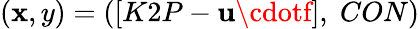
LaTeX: (\mathbf{x},y)=([K2P-\mathbf{{u\cdotf}}],\; CON)